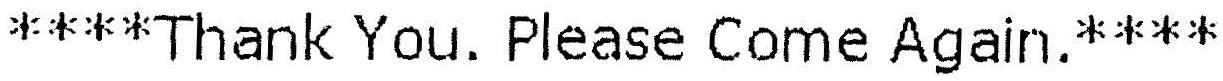
****THANK YOU. PLEASE COME AGAIN.****